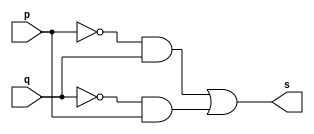
// -------------------------
// Exemplo0011 - XOR
// Nome: Lucas Porto Lopes
// Matricula 451408
// -------------------------
// -------------------------
// -- xor gate
// -------------------------
module xorgate (output s, input p,q);
assign s = ((~(p) & (q)) | (~(q) & (p)));
endmodule // xorgate
// ------------------------
// -- teste xor gate
// ------------------------
module testexorgate;
// ------------------------ dados locais
reg a, b; // definir registradores
wire s; // definir conexao (fio)
// ------------------------ instancia
xorgate XOR1 (s, a, b);
// ------------------------ preparacao
initial begin:start
// atribuicao simultanea dos valores iniciais
a=0; b=0;
end
// ------------------------ parte principal
initial begin
$display("Exemplo0009 - Lucas Porto Lopes - 451408");
$display("Test XOR gate");
$display("\na ~^ b = s\n");
a=0; b=0;
#1 $display("%b ~^ %b = %b", a, b, s);
a=0; b=1;
#1 $display("%b ~^ %b = %b", a, b, s);
a=1; b=0;
#1 $display("%b ~^ %b = %b", a, b, s);
a=1; b=1;
#1 $display("%b ~^ %b = %b", a, b, s);
end
endmodule // testexorgate